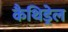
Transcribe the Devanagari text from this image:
कैथिड्रेल